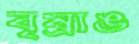
বৃষ্রাঙ